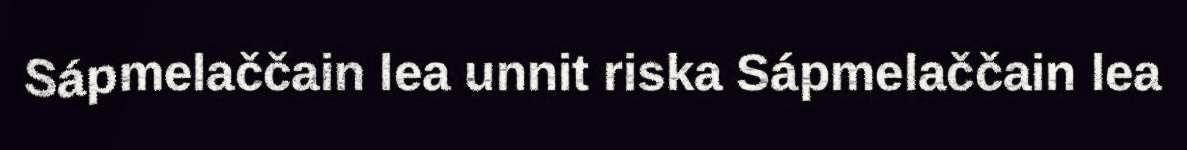
Sápmelaččain lea unnit riska Sápmelaččain lea